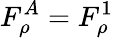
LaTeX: F_{\rho}^{A}=F_{\rho}^{1}